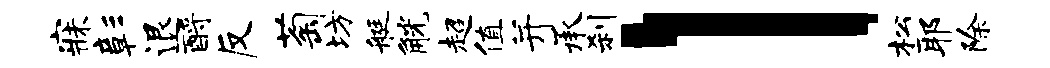
寐彰退酹反萄坊艇觥超值并承刹l松耶除